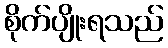
စိုက်ပျိုးရသည်